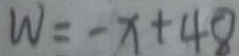
W = - x + 4 8